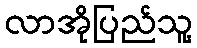
လာအိုပြည်သူ့